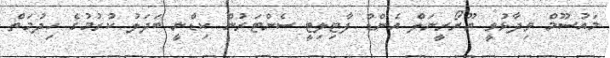
މައުސޫމް ވިދާޅުވީ ޔޫރޯރީނަލް އެންޑް ފާޓިލިޓީ ސެންޓަރުން ކިޑްނީ ބަދަލު ކުރުމުގެ ހިދުމަތް